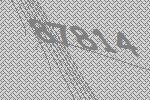
87814